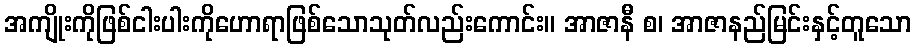
အကျိုးကိုဖြစ်ငါးပါးကိုဟောရာဖြစ်သောသုတ်လည်းကောင်း။ အာဇာနီ စ၊ အာဇာနည်မြင်းနှင့်တူသော